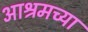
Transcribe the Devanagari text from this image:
आश्रमच्या